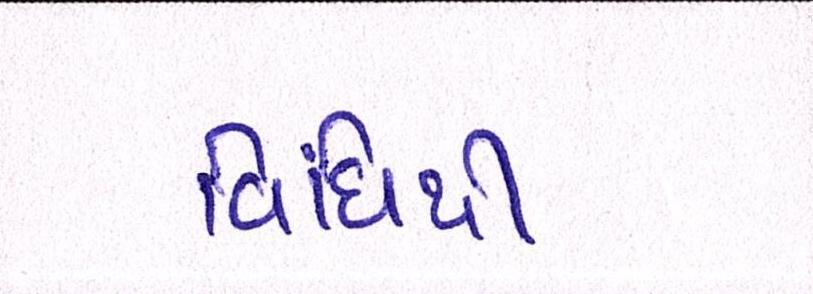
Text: વિધિથી